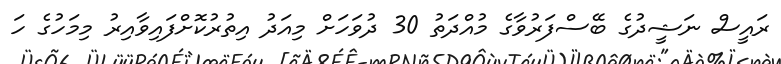
ރައީސް ނަޝީދުގެ ބޭސްފަރުވާގެ މުއްދަތު 30 ދުވަހަށް މިއަދު އިތުރުކޮށްފައިވާއިރު މިމަހުގެ ހަ